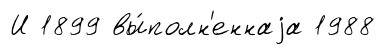
И 1899 вы́полн'еннаjа 1988